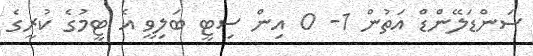
ސަންޑަލޭންޑް އަތުން 1- 0 އިން ސިޓީ ބަލިވީ އެ ޓީމުގެ ކުރީގެ